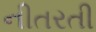
નીતરતી